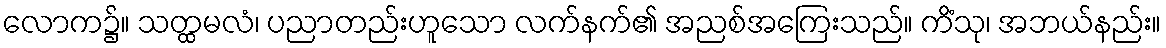
လောက၌။ သတ္ထမလံ၊ ပညာတည်းဟူသော လက်နက်၏ အညစ်အကြေးသည်။ ကိံသု၊ အဘယ်နည်း။